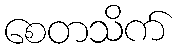
စေတသိက်